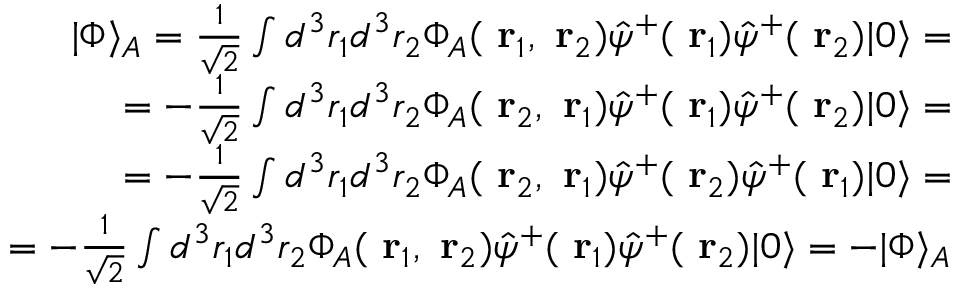
\begin{array} { r } { | \Phi \rangle _ { A } = \frac { 1 } { \sqrt { 2 } } \int d ^ { 3 } r _ { 1 } d ^ { 3 } r _ { 2 } \Phi _ { A } ( \mathrm { \bf ~ r } _ { 1 } , \mathrm { \bf ~ r } _ { 2 } ) \hat { \psi } ^ { + } ( \mathrm { \bf ~ r } _ { 1 } ) \hat { \psi } ^ { + } ( \mathrm { \bf ~ r } _ { 2 } ) | 0 \rangle = } \\ { = - \frac { 1 } { \sqrt { 2 } } \int d ^ { 3 } r _ { 1 } d ^ { 3 } r _ { 2 } \Phi _ { A } ( \mathrm { \bf ~ r } _ { 2 } , \mathrm { \bf ~ r } _ { 1 } ) \hat { \psi } ^ { + } ( \mathrm { \bf ~ r } _ { 1 } ) \hat { \psi } ^ { + } ( \mathrm { \bf ~ r } _ { 2 } ) | 0 \rangle = } \\ { = - \frac { 1 } { \sqrt { 2 } } \int d ^ { 3 } r _ { 1 } d ^ { 3 } r _ { 2 } \Phi _ { A } ( \mathrm { \bf ~ r } _ { 2 } , \mathrm { \bf ~ r } _ { 1 } ) \hat { \psi } ^ { + } ( \mathrm { \bf ~ r } _ { 2 } ) \hat { \psi } ^ { + } ( \mathrm { \bf ~ r } _ { 1 } ) | 0 \rangle = } \\ { = - \frac { 1 } { \sqrt { 2 } } \int d ^ { 3 } r _ { 1 } d ^ { 3 } r _ { 2 } \Phi _ { A } ( \mathrm { \bf ~ r } _ { 1 } , \mathrm { \bf ~ r } _ { 2 } ) \hat { \psi } ^ { + } ( \mathrm { \bf ~ r } _ { 1 } ) \hat { \psi } ^ { + } ( \mathrm { \bf ~ r } _ { 2 } ) | 0 \rangle = - | \Phi \rangle _ { A } } \end{array}